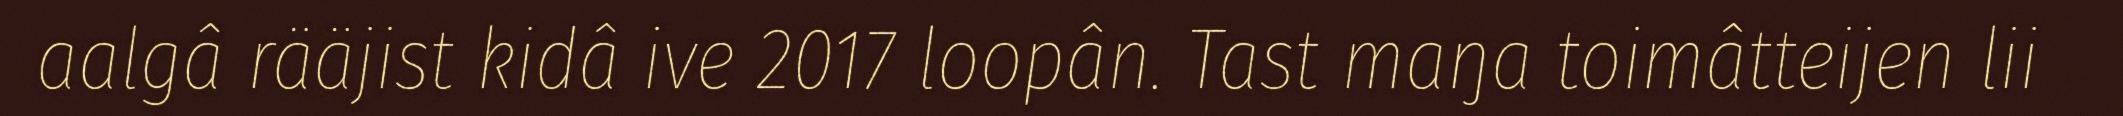
aalgâ rääjist kidâ ive 2017 loopân. Tast maŋa toimâtteijen lii